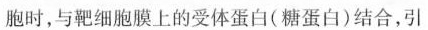
胞时，与靶细胞膜上的受体蛋白(糖蛋白)结合，引